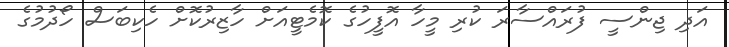
އަދި ޖިންސީ ފުރައްސާރަ ކުރި މީހާ އޮފީހުގެ ކޮމެޓީއަށް ހާޒިރުކޮށް ހެކިބަސް ހޯދުމުގެ